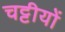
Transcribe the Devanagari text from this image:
चट्टीयों